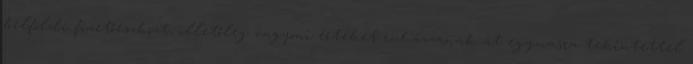
belföldi fizetőeszközt, illetőleg vagyoni értéket ruházzanak át egymásra tekintettel